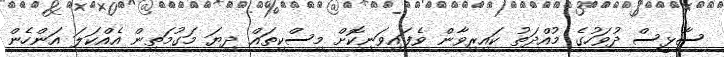
ސާޅީސް ދުވަހުގެ މުއްދަތު ކައިރިވާން ވެފައިވަނިކޮށް މިސްކިތައް ދިޔަ މަގުމަތިން އެއްކަލަ އަންހެން